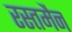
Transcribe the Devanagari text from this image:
रस्तमैन